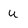
Character: u